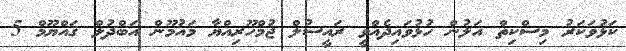
ކަޅުވަކަރު މިސްކިތް އަލުން ހުޅުވައިދެއްވީ ރައީސުލް ޖުމްހޫރިއްޔާ މައުމޫން އަބްދުލް ޤައްޔޫމް 5